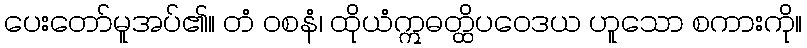
ပေးတော်မူအပ်၏။ တံ ဝစနံ၊ ထိုယံဣဓတ္ထိပဝေဒယ ဟူသော စကားကို။